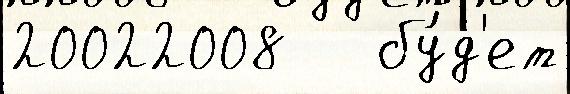
20022008   бу́д'ет